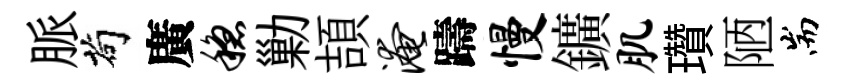
脈茍廣稳勦頡淹躊慢鑛肌瓚陋耑